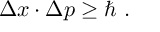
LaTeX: \Delta x \cdot \Delta p \ge \hbar \ .